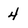
Character: 4